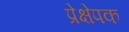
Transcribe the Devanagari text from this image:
प्रेक्षेपक